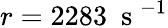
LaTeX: r=2283~\mathrm{~s~}^{-1}